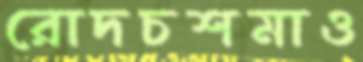
রোদচশমাও